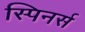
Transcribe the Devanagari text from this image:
स्पिनर्स